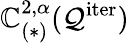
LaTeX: \mathbb{C}_{(\ast)}^{2,\alpha}(\mathcal{{Q}}^{\mathrm{{iter}}})